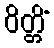
ဝိတ္တိံ